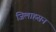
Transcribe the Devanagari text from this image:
जिलाहसन